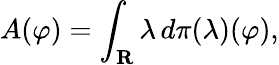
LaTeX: A(\varphi)=\int_{\mathbf{R}}\lambda\, d\pi(\lambda)(\varphi),